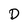
Character: D